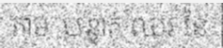
តាម បន្ទាត់ ឈរ នៃ